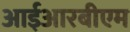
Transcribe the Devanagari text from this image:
आईआरबीएम